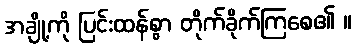
အချို့ကို ပြင်းထန်စွာ တိုက်ခိုက်ကြစေ၏ ။